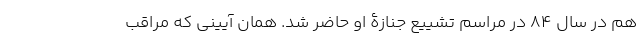
هم در سال 84 در مراسم تشییع جنازۀ او حاضر شد. همان آیینی که مراقب